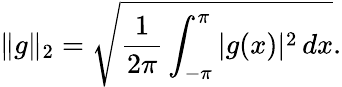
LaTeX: \| g\| _{2}={\sqrt{{\frac{1}{2\pi}}\int_{-\pi}^{\pi}|g(x)|^{2}\, dx}}.